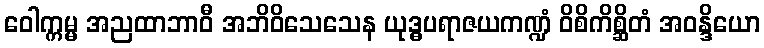
ဝေါက္ကမ္မ အညထာဘာဝီ အဘိဝိသေသေန ယုဒ္ဓပရာဇယကဏ္ဍံ ဝိစိကိစ္ဆိတံ အဝန္ဒိယော